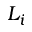
L _ { i }